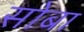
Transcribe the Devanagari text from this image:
सोबा